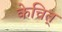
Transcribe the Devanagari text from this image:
केचित्